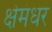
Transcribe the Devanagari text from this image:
क्षेमंधर